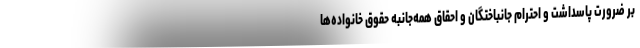
بر ضرورت پاسداشت و احترام جانباختگان و احقاق همه‌جانبه حقوق خانواده‌ها